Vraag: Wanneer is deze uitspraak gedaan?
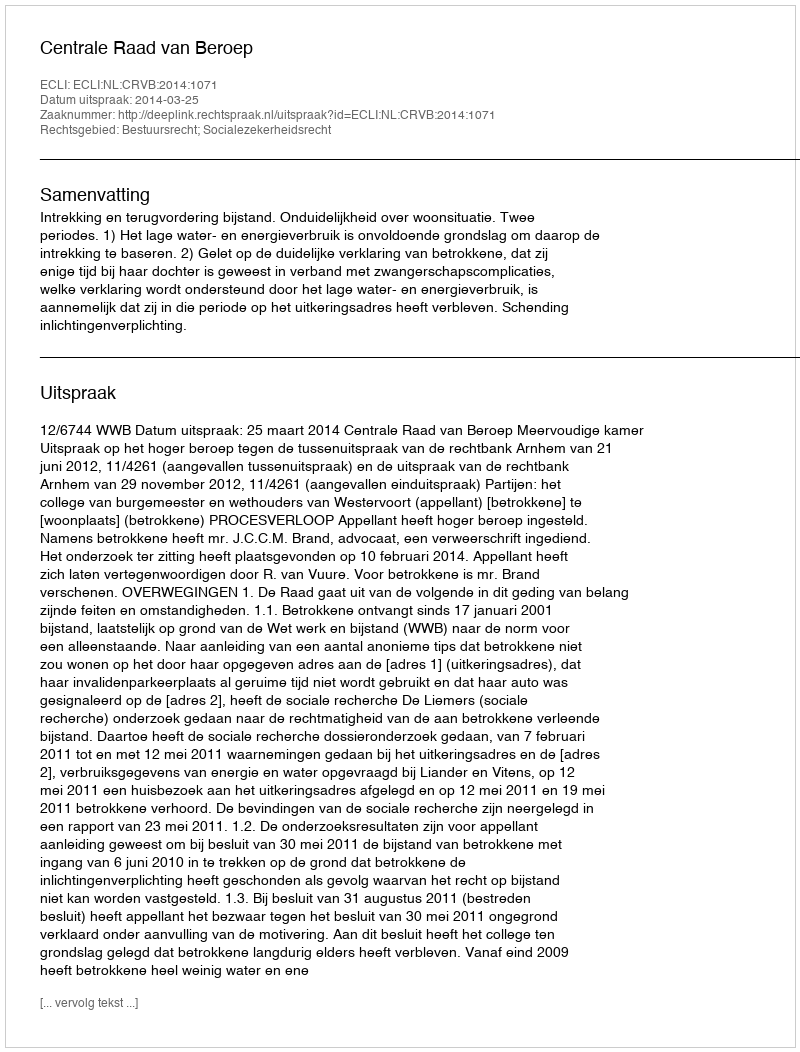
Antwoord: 2014-03-25